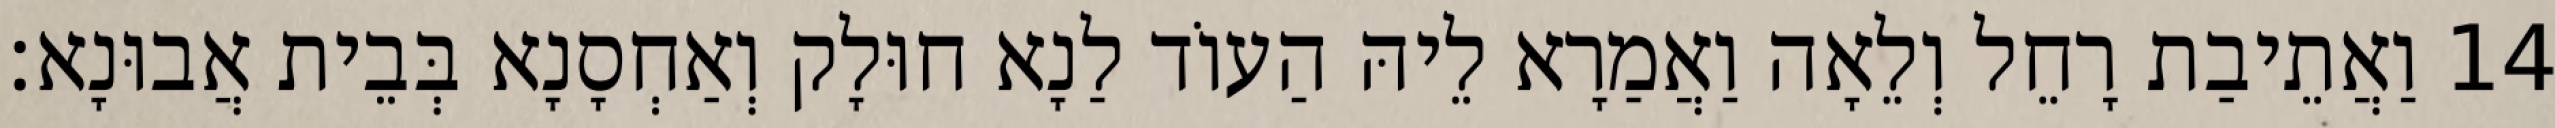
14 וַאֲתֵיבַת רָחֵל וְלֵאָה וַאֲמַרָא לֵיהּ הַעוֹד לַנָא חוּלָק וְאַחְסָנָא בְּבֵית אֲבוּנָא׃